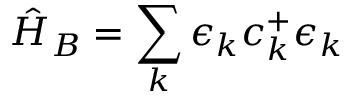
\hat { H } _ { B } = \sum _ { k } \epsilon _ { k } c _ { k } ^ { + } \epsilon _ { k }